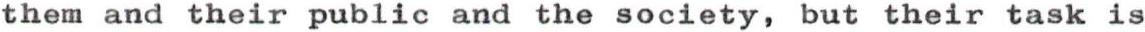
them and their public and the society, but their task is